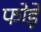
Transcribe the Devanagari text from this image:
फोड़ें